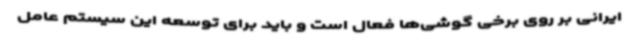
ایرانی بر روی برخی گوشی‌ها فعال است و باید برای توسعه این سیستم عامل